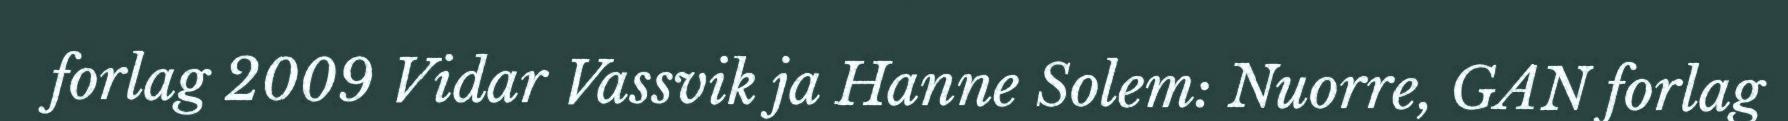
forlag 2009 Vidar Vassvik ja Hanne Solem: Nuorre, GAN forlag